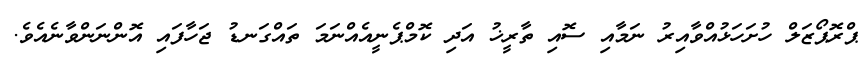
ޕްރޮޕޯޒަލް ހުށަހަޅުއްވާއިރު ނަމާއި ސޮއި ތާރީޚު އަދި ކޮމްޕެނީއެއްނަމަ ތައްގަނޑު ޖަހާފައި އޮންނަންވާނެއެވެ.